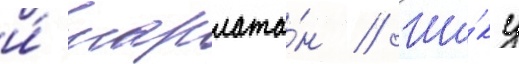
и́ шарлата́н // Ши́ку